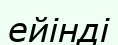
ейінді